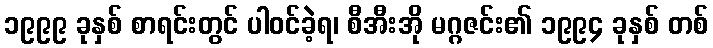
၁၉၉၉ ခုနှစ် စာရင်းတွင် ပါဝင်ခဲ့ရ၊ စီအီးအို မဂ္ဂဇင်း၏ ၁၉၉၄ ခုနှစ် တစ်